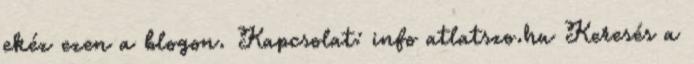
ekéz ezen a blogon. Kapcsolat: info atlatszo.hu Keresés a